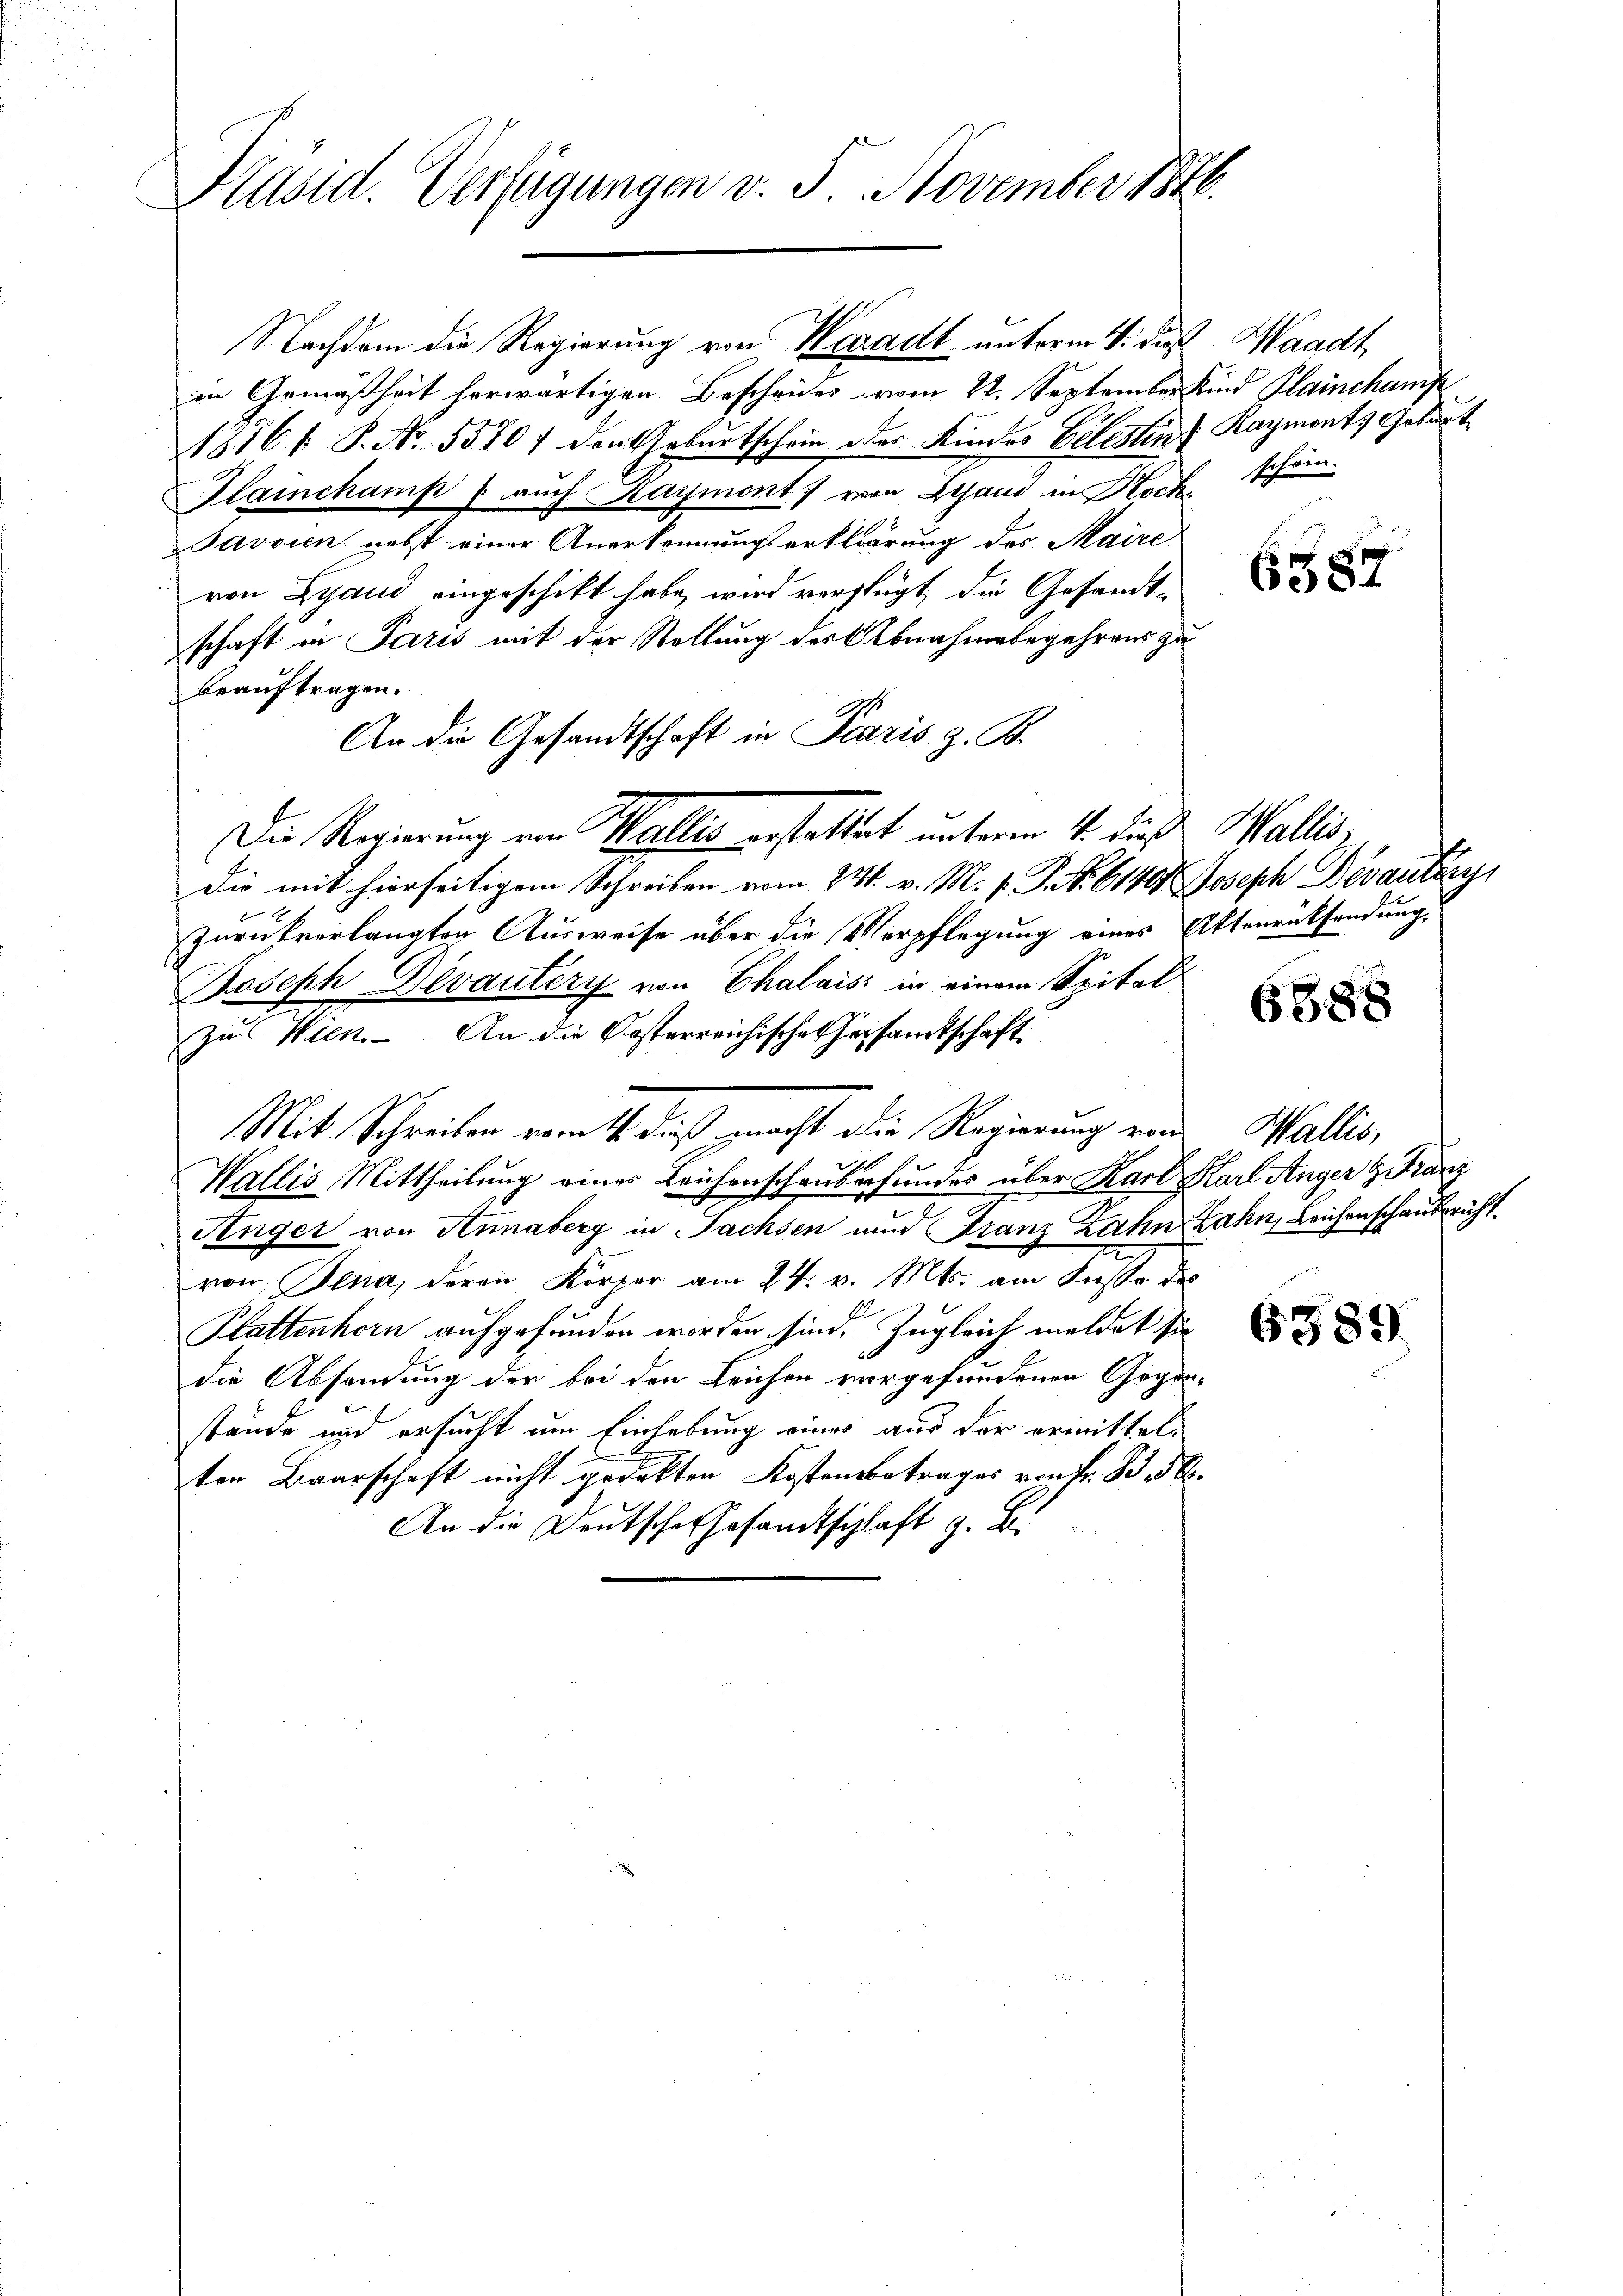
Präsid. Verfügungen v. 5. November 1876.

in Gemäßheit herwärtigen Bescheides vom 22. September Kind Plainchanis
1876 f. P. Nr. 55707 den Geburtschein oder Kindes Velistins Raymonts Geburt
Glainchamp / auch Kaymont) von Gesand in Hoch schön.
Javoin nebst einer Anerkennungserklärung des Maire
von Lyand eingeschikt habe, wird verfügt die Gesandt-
schaft in Paris mit der Stellung des Abnahmebegehrens zu
beauftragen.
An die Gesandtschaft in Paris z. B.
Die mit hierseitigem Schreiben vom 231. v. M. v. P. Nr. 6140 Joseph Devantzey
zurückverlangten Ausweise über die Verpflegung eines Attenrücksendung,
Joseph Devantery von Chalais in einem Spital
zu Wien. An die Kosterreichischehersamtschaft
Mit Schreiben vom 16. dieß macht die Regierung von Wallis,
Wallis, Mittheilung eines Leihenschauberfundes über Karl Karl Anger & Franz
Singer von Annaberg in Sachsen und Franz Zahn Zahn, Leichenschaubericht
von Jena, deren Körper am 24. v. Mts. am Kusse des
Plattenhorn aufgefunden worden sind. Zugleich meldet sie
die Absendung der bei den Leichen vorgefundenen Gegen-
stände und ersucht um Einhebung eines aus der ermittelten Baarschaft nicht gedekten Kostensbetrages von Fr. B. d.
An die Deutsche Gesandtschlaft z. B.

Die Regierung von Wallis erstattet unterm 4. dieß Wallis,

Nachdem die Regierung von Waadt unterm 4. daß Waadt,

6587

6388

6389

1